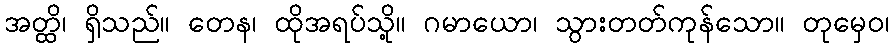
အတ္ထိ၊ ရှိသည်။ တေန၊ ထိုအရပ်သို့။ ဂမာယော၊ သွားတတ်ကုန်သော။ တုမှေဝ၊